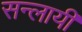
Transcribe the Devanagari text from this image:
सन्लायी